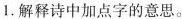
1.解释诗中加点字的意思。